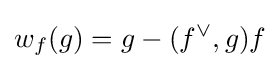
w_{f}(g)=g-(f^{\vee },g)f